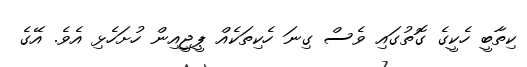
ކިތާބީ ހެކީގެ ގޮތުގައި ވެސް ގިނަ ހެކިތަކެއް ޕީޖީއިން ހުށަހެޅި އެވެ. އޭގެ